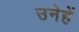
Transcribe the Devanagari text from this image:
उनेहें